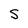
Character: S